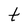
Character: t